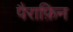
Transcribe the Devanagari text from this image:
पैराफ़िन